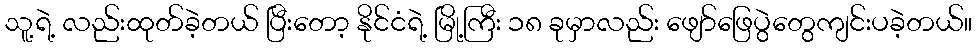
သူ့ရဲ့ လည်းထုတ်ခဲ့တယ် ပြီးတော့ နိုင်ငံရဲ့ မြို့ကြီး ၁၈ ခုမှာလည်း ဖျော်ဖြေပွဲတွေကျင်းပခဲ့တယ်။